system: You are a helpful assistant.
user:
Analyze the provided spectrum to determine if it is a **S-type Star**.

- **Key Indicators for S-type Star:**

    - **(Overall Spectrum Shape):** The first and most obvious characteristic is the overall continuum (the "baseline" shape). It is **extremely "red-sloping,"** meaning the flux (light intensity) is very low on the left side (blue, ~4000-4500 Å) and rises steeply and continuously toward the right side (red, ~7000 Å+).

    - **(Primary):** The spectrum is defined by the presence of strong, broad molecular absorption "valleys" (bands) from **Zirconium Oxide (ZrO)**. The identification of these bands is the **primary requirement** for classifying a star as S-type.
        - **(Key Bandheads):** You must find distinct, deep "dips" where the light has been absorbed. The most critical band systems to locate are:
            - **~6474 Å** ($\gamma$-system): This is often the strongest and clearest ZrO feature, found in the red part of the spectrum.
            - **~5718 Å** & **~5551 Å** ($\beta$-system): A pair of prominent absorption features in the yellow-orange part of the spectrum.
            - **~4640 Å** ($\alpha$-system): A key absorption band system in the blue-green region of the spectrum.

    - **(Secondary Confirmation):** The classification is strengthened by finding additional absorption bands from other related heavy element oxides, which are expected to be present alongside ZrO.
        - **(Key Bandheads):**
            - **Yttrium Oxide (YO):** Look for absorption dips near **~4800 Å** and **~6100 Å**.
            - **Lanthanum Oxide (LaO):** Additional absorption features, particularly in the red-orange part of the spectrum, are also characteristic.

    - **(Line Profile):** The combination of the steep red continuum and these numerous, deep molecular bands (ZrO, YO, etc.) gives the entire spectrum a very **"chopped-up"** or **"bumpy"** appearance. Instead of a smooth curve, the spectrum looks as though large, wide chunks of light have been "carved out" of it at the specific wavelengths listed above.

Think first, call **spectral_visualization_tool** if needed to examine features in detail, then provide your final answer. Your response must adhere to the following strict rules:
1.  **Overall Structure:** Your response must follow the format `<think>...</think> <tool_call>...</tool_call> (if a tool is used) <answer>...</answer>`.
2.  **Tool Usage Constraint:** You may only make **one** tool call per turn.
3.  **Final Answer Format:** In the `<answer>` tag, your conclusion must be inside a `\boxed{}` command (e.g., `\boxed{YES}` or `\boxed{NO}`), followed by your justification.

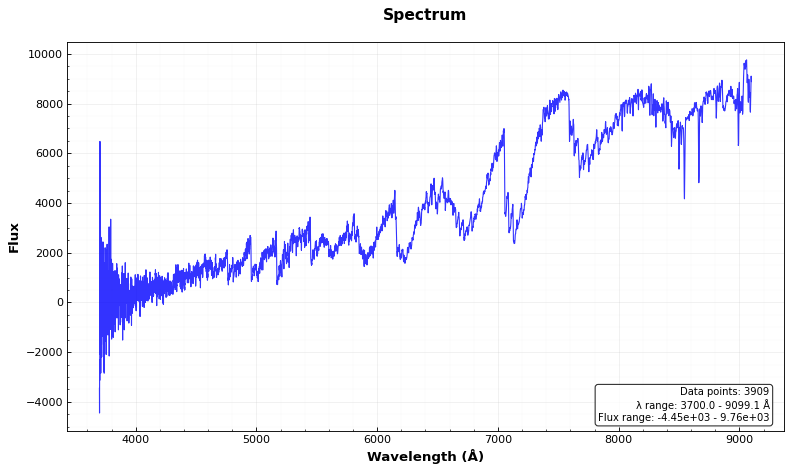
Answer: YES